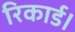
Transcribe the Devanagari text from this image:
रिकार्ड।